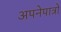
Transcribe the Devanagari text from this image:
अपनेपात्रों